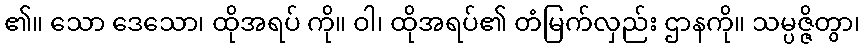
၏။ သော ဒေသော၊ ထိုအရပ် ကို။ ဝါ၊ ထိုအရပ်၏ တံမြက်လှည်း ဌာနကို။ သမ္ပဇ္ဇိတွာ၊